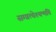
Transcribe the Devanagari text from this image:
सम्प्रत्येश्यन्मयि